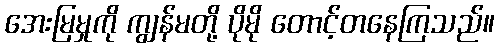
အေးမြမှုကို ကျွန်မတို့ ပိုမို တောင့်တနေကြသည်။